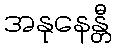
အနုနေန္တီ